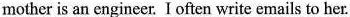
mother is an engineer. I often write emails to her.